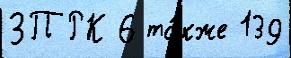
ЗПРК 6 та́кже 139